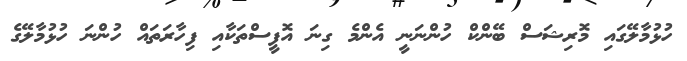
ހުޅުމާލޭގައި މޮރިޝަސް ބޭންކް ހުންނަނީ އެންމެ ގިނަ އޮފީސްތަކާއި ފިހާރަތައް ހުންނަ ހުޅުމާލޭގެ